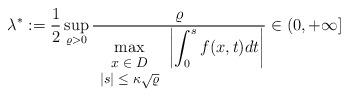
LaTeX: \begin{align*}\lambda^* :=\frac 1 2 \sup_{\varrho>0}\frac{\varrho}{\displaystyle\max_{{\footnotesize\begin{array}{c}x\in D\\|s|\leq \kappa\sqrt{\varrho}\end{array}}}\left|\int_0^{s}f(x,t)dt\right|}\in (0,+\infty]\end{align*}